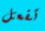
تفعل